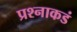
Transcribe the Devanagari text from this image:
प्रश्नाकडं